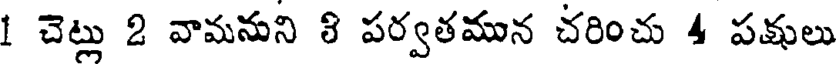
1 చెట్లు 2 వామనుని 8 పర్వతమున చరించు 4 పక్షులు